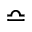
\bumpeq